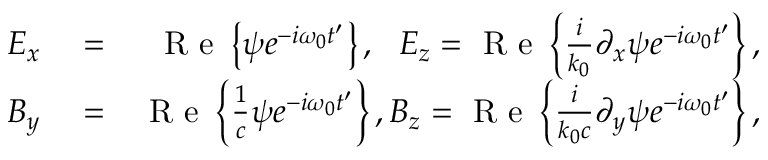
\begin{array} { r l r } { E _ { x } } & { { } = } & { \mathrm { ~ R ~ e ~ } \left\{ \psi e ^ { - i \omega _ { 0 } t ^ { \prime } } \right\} , \, \, \, \, E _ { z } = \mathrm { ~ R ~ e ~ } \left\{ \frac { i } { k _ { 0 } } \partial _ { x } \psi e ^ { - i \omega _ { 0 } t ^ { \prime } } \right\} , } \\ { B _ { y } } & { { } = } & { \mathrm { ~ R ~ e ~ } \left\{ \frac { 1 } { c } \psi e ^ { - i \omega _ { 0 } t ^ { \prime } } \right\} , B _ { z } = \mathrm { ~ R ~ e ~ } \left\{ \frac { i } { k _ { 0 } c } \partial _ { y } \psi e ^ { - i \omega _ { 0 } t ^ { \prime } } \right\} , } \end{array}